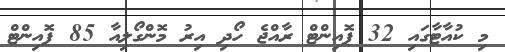
މި ކުއާޓާގައި 32 ޕޮއިންޓް ރާއްޖެ ހޯދި އިރު މޮންގޯލިއާ 85 ޕޮއިންޓް